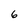
Character: 6